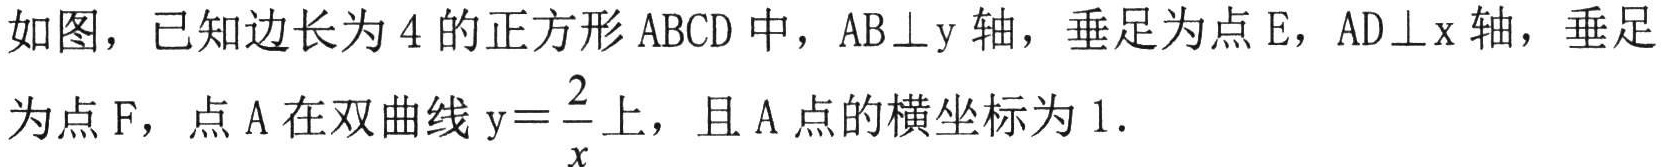
如图，已知边长为\(4\)的正方形\(ABCD\)中，\(AB\perp y\)轴，垂足为点\(E\)，\(AD\perp x\)轴，垂足为点\(F\)，点\(A\)在双曲线\(y = \frac{2}{x}\)上，且\(A\)点的横坐标为\(1\)．